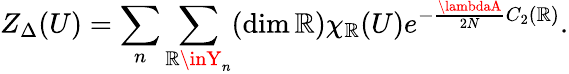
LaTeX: Z_{\Delta}(U)=\sum_{n}\sum_{\mathbb{R}\inY_{n}}(\dim\mathbb{R})\chi_{\mathbb{R}}(U)e^{-\frac{{\lambdaA}}{{2N}}C_{2}(\mathbb{R})}.